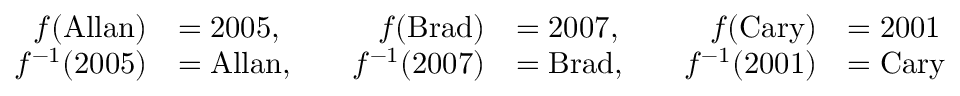
{ \begin{array} { r l r l r l } { f ( { \mathrm { A l l a n } } ) } & { = 2 0 0 5 , \quad } & { f ( { \mathrm { B r a d } } ) } & { = 2 0 0 7 , \quad } & { f ( { \mathrm { C a r y } } ) } & { = 2 0 0 1 } \\ { f ^ { - 1 } ( 2 0 0 5 ) } & { = { \mathrm { A l l a n } } , \quad } & { f ^ { - 1 } ( 2 0 0 7 ) } & { = { \mathrm { B r a d } } , \quad } & { f ^ { - 1 } ( 2 0 0 1 ) } & { = { \mathrm { C a r y } } } \end{array} }